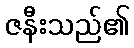
ဇနီးသည်၏